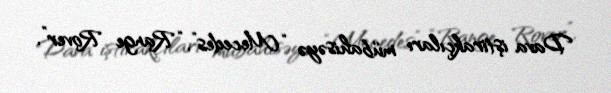
Dava iştirakçıları mübahisəyə “Mecedes”, “Range Rover”,